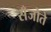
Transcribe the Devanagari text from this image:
सँजोते